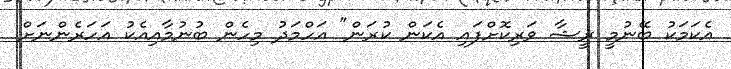
އެކަމަކު ބޭނުމީ ރީޝާ ވަރިކޮށްފައި އެކަން ކުރަން" އަހްމަދު މިހެން ބުނުމާއިއެކު އަހަރެންނަށް